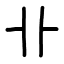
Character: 卝